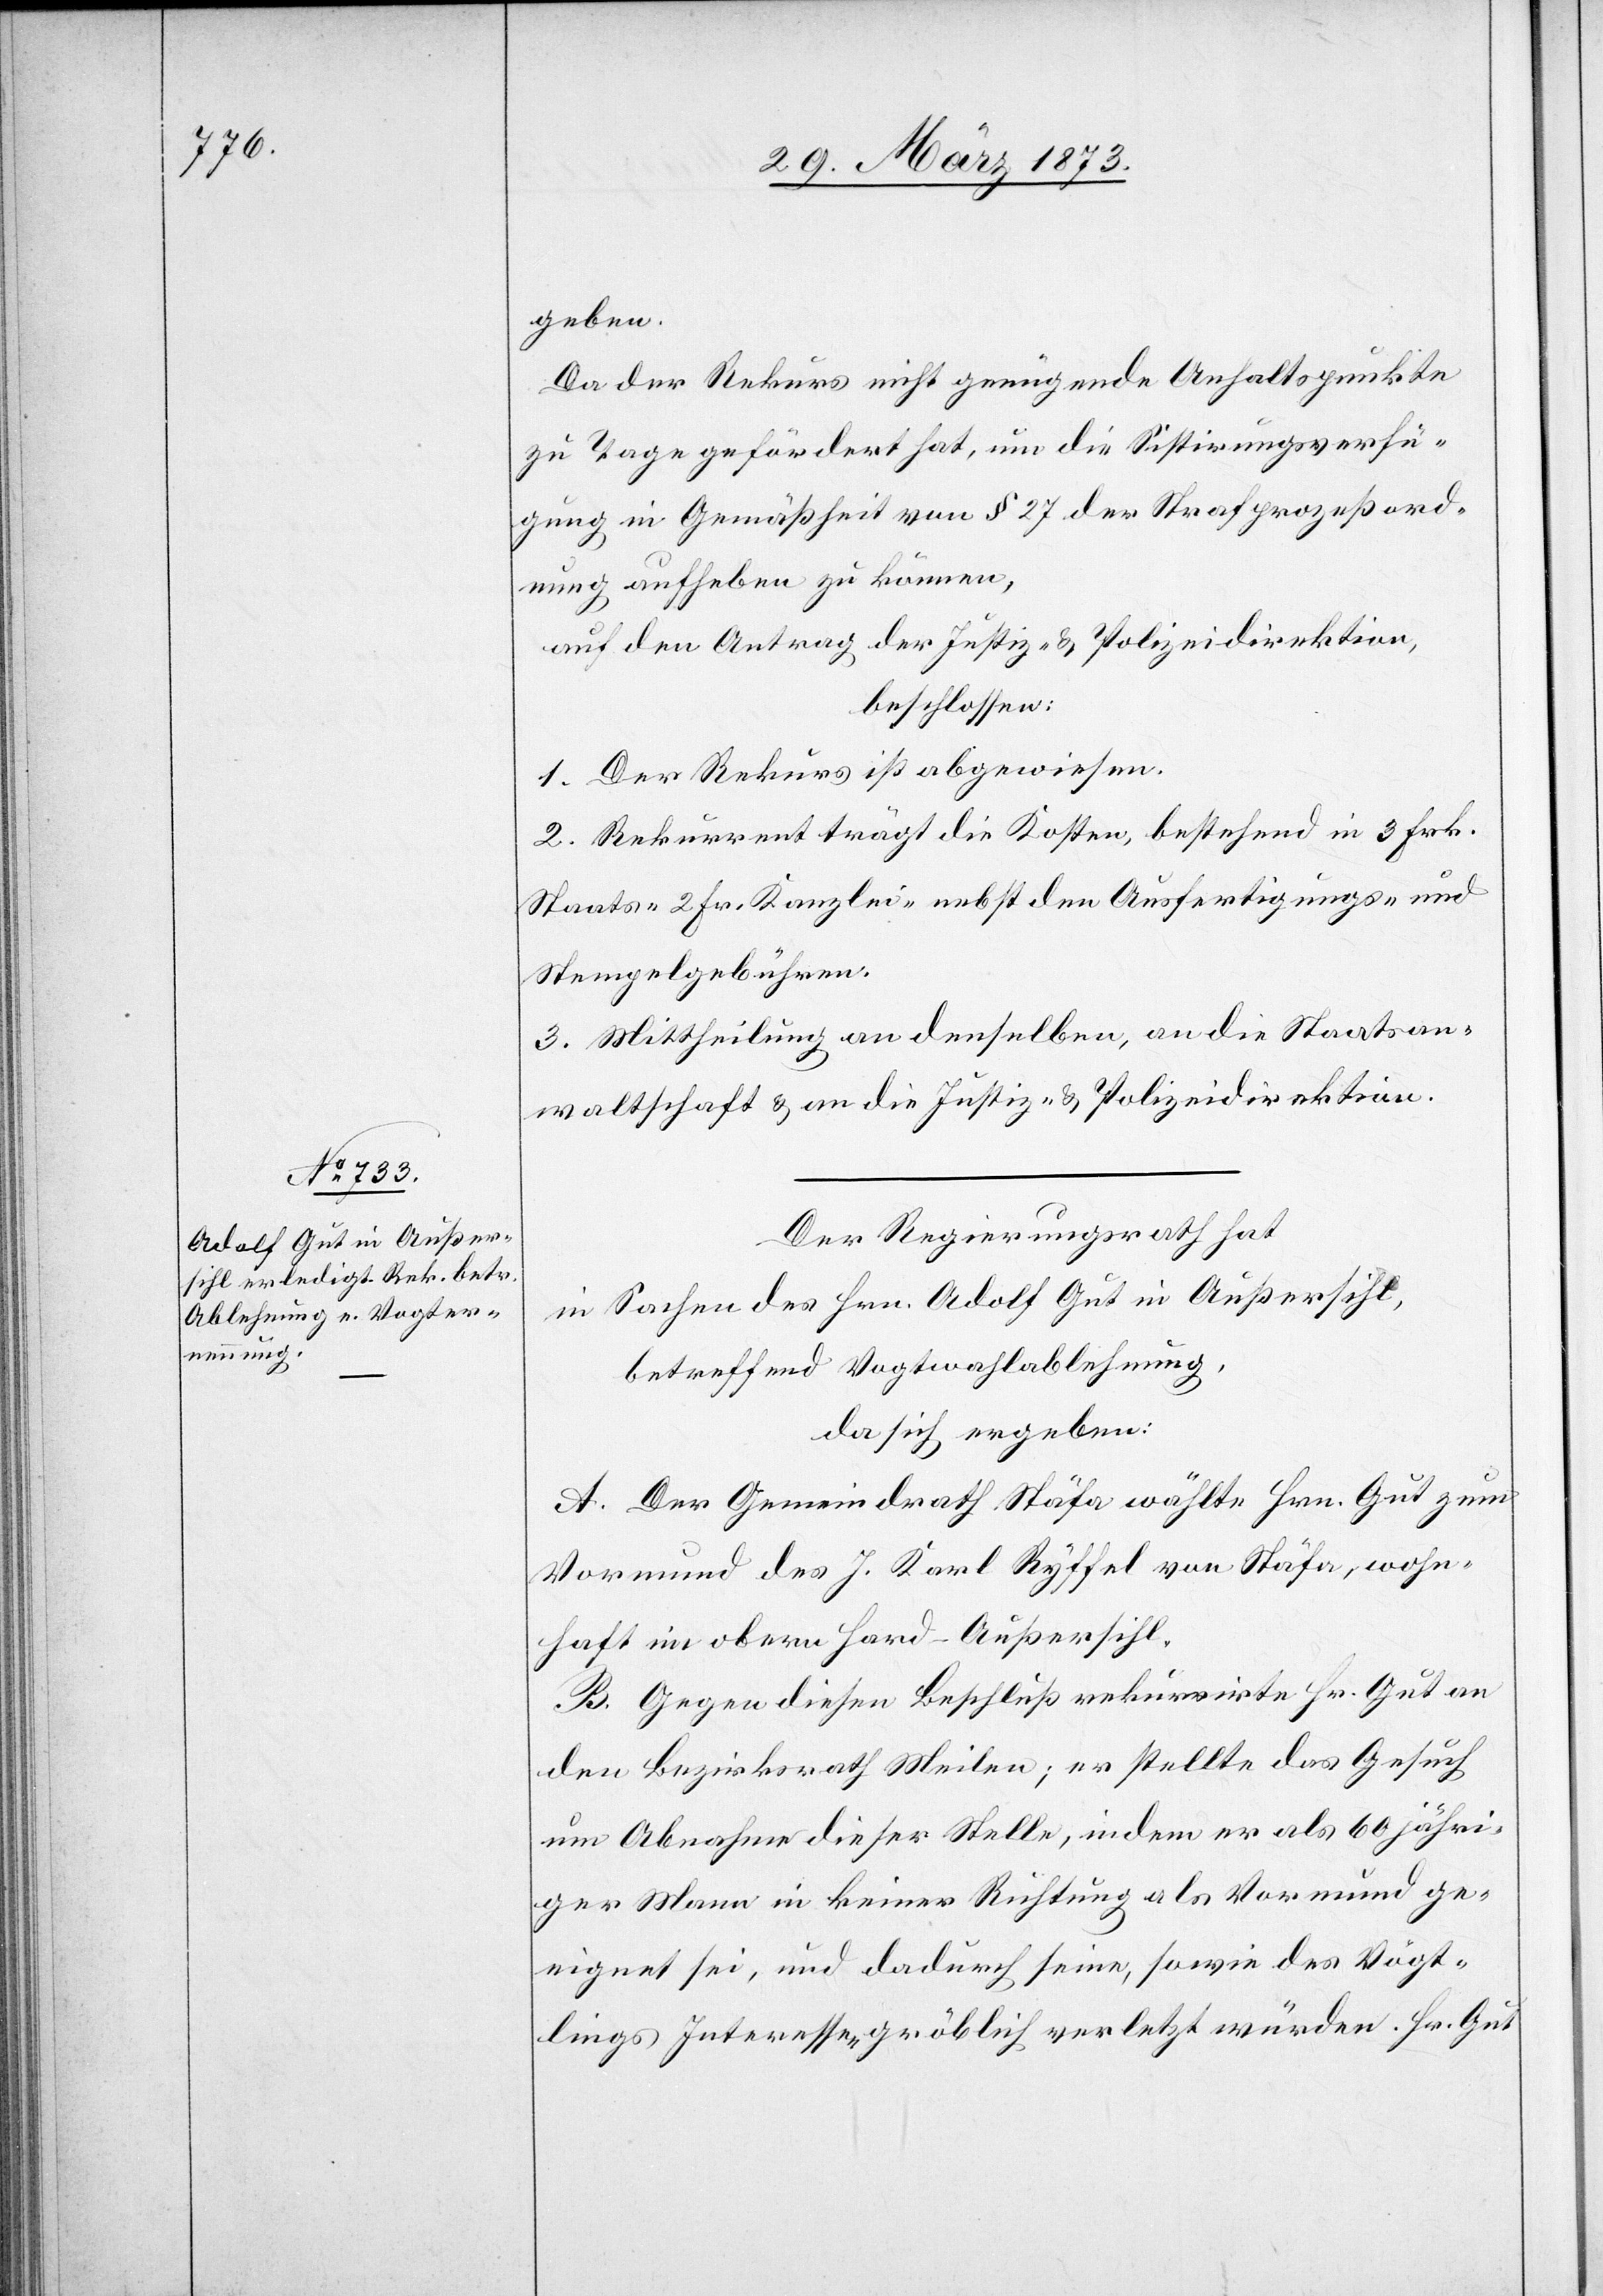
geben.
Da der Rekurs nicht genügende Anhaltspunkte
zu Tage gefördert hat, um die Sistirungsverfü¬
gung in Gemäßheit von § 27 der Strafprozeßord¬
nung aufheben zu können,
auf den Antrag der Justiz- u. Polizeidirektion,
beschlossen:
1. Der Rekurs ist abgewiesen.
2. Rekurrent trägt die Kosten, bestehend in 3 Frk.
Staats-[,] 2 Fr. Kanzlei- nebst den Ausfertigungs- und
Stempelgebühren.
3. Mittheilung an denselben, an die Staatsan¬
waltschaft u. an die Justiz- u. Polizeidirektion.
Der Regierungsrath hat
in Sachen des Hrn. Adolf Gut in Außersihl,
betreffend Vogtwahlablehnung,
da sich ergeben:
A. Der Gemeindrath Stäfa wählte Hrn. Gut zum
Vormund des J. Karl Ryffel von Stäfa, wohn¬
haft im obern Hard-Außersihl.
B. Gegen diesen Beschluß rekurrirte Hr. Gut an
den Bezirksrath Meilen; er stellte das Gesuch
um Abnahme dieser Stelle, indem er als 60 jähri¬
ger Mann in keiner Richtung als Vormund ge¬
eignet sei, und dadurch seine, sowie des Vögt¬
lings Interessen gröblich verletzt würden. Hr. Gut